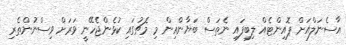
އާސެނަލްއަށް ޕޮއިންޓެއް ލިބިފައި ނެތަސް ބަޔާންއިން މި މެޗުގައި ކުޅެންޖެހޭނީ ވަރަށް ވިސްނުންތެރި